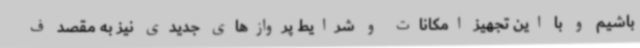
باشیم و با این تجهیز امکانات و شرایط پروازهای جدیدی نیز به مقصد ف